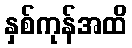
နှစ်ကုန်အထိ